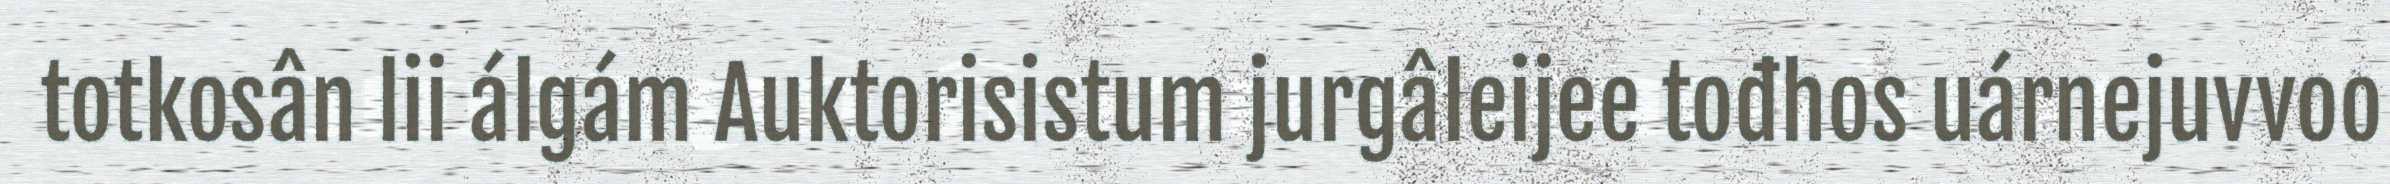
totkosân lii álgám Auktorisistum jurgâleijee tođhos uárnejuvvoo